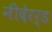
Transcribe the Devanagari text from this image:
नीदेरर्ड